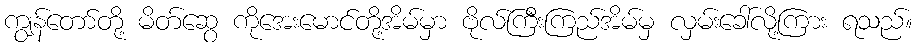
ကျွန်တော်တို့ မိတ်ဆွေ ကိုအေးမောင်တို့အိမ်မှာ ဗိုလ်ကြီးကြည်အိမ်မှ လှမ်းခေါ်လို့ကြား ရသည်။